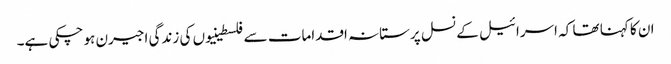
ان کا کہنا تھا کہ اسرائیل کے نسل پرستانہ اقدامات سے فلسطینیوں کی زندگی اجیرن ہو چکی ہے۔